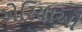
એરિયાઓ